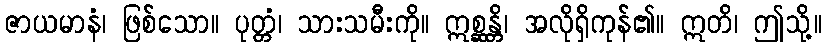
ဇာယမာနံ၊ ဖြစ်သော။ ပုတ္တံ၊ သားသမီးကို။ ဣစ္ဆန္တိ၊ အလိုရှိကုန်၏။ ဣတိ၊ ဤသို့။